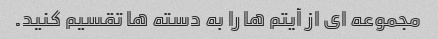
مجموعه ای از آیتم ها را به دسته ها تقسیم کنید.